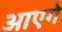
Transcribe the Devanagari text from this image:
आएगे